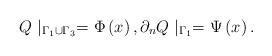
LaTeX: \begin{align*}Q\mid _{\Gamma _{1}\cup \Gamma _{3}}=\Phi \left( x\right) ,\partial_{n}Q\mid _{\Gamma _{1}}=\Psi \left( x\right) . \end{align*}